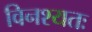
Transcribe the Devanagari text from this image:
विनश्यतः